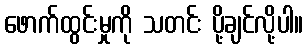
ဖောက်ထွင်းမှုကို သတင်း ပို့ချင်လို့ပါ။